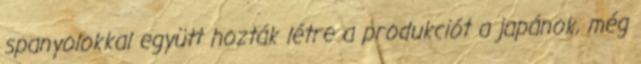
spanyolokkal együtt hozták létre a produkciót a japánok, még